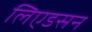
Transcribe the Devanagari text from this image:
लिएडसन